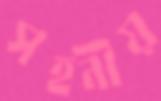
সহনীয়